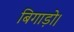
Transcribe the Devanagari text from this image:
बिगाड़ो।